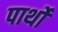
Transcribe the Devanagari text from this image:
पार्थों